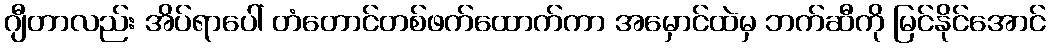
ဂျီတာလည်း အိပ်ရာပေါ် တံတောင်တစ်ဖက်ထောက်ကာ အမှောင်ထဲမှ ဘက်ဆီကို မြင်နိုင်အောင်